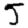
Digit: 5